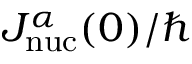
J _ { \mathrm { n u c } } ^ { \alpha } ( 0 ) / \hbar